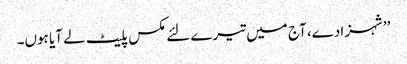
’’شہزادے، آج میں تیرے لئے مکس پلیٹ لے آیا ہوں۔